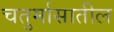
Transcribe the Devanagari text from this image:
चतुर्मासातील